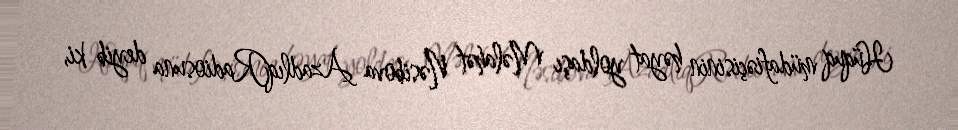
Hüquq müdafiəçisinin həyat yoldaşı Məlahət Nəsibova AzadlıqRadiosuna deyib ki,